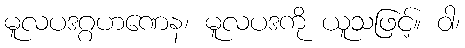
မူလပဒဂ္ဂဟဏေန၊ မူလပဒကို ယူသဖြင့်။ ဝါ၊